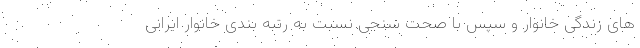
های زندگی خانوار و سپس با صحت سنجی نسبت به رتبه بندی خانوار ایرانی